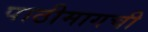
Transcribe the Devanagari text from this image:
पाठीमागची